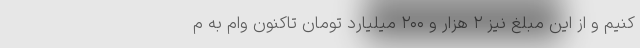
کنیم و از این مبلغ نیز ۲ هزار و ۲۰۰ میلیارد تومان تاکنون وام به م